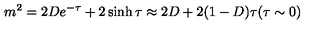
m ^ { 2 } = 2 D e ^ { - \tau } + 2 \sinh \tau \approx 2 D + 2 ( 1 - D ) \tau ( \tau \sim 0 )